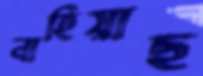
নাহিয়াছ